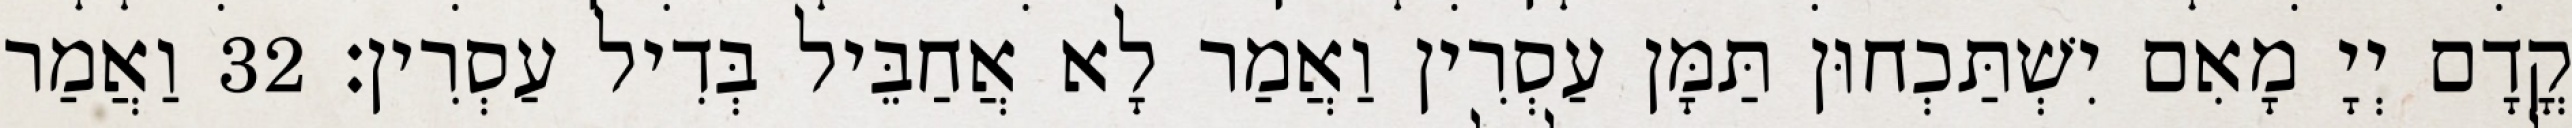
קֳדָם יְיָ מָאִם יִשְׁתַּכְחוּן תַּמָּן עַסְרִין וַאֲמַר לָא אֲחַבֵּיל בְּדִיל עַסְרִין׃ 32 וַאֲמַר